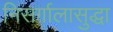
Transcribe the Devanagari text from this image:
निसर्गालासुद्धा